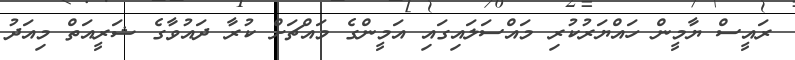
ރައީސް ޔާމީން ހައްޔަރުކުރި މައްސަލައިގައި އަމީންގެ މައްޗަށް ކުރާ ދައުވާގެ ޝަރީއަތް މިއަދު